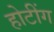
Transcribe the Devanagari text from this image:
होटींग